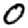
Digit: 0